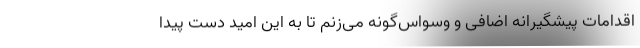
اقدامات پیشگیرانه اضافی و وسواس‌گونه می‌زنم تا به این امید دست پیدا